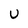
Character: U